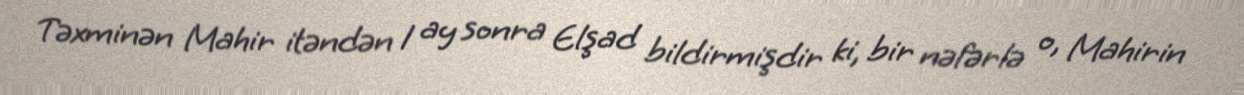
Təxminən Mahir itəndən 1 ay sonra Elşad bildirmişdir ki, bir nəfərlə o, Mahirin